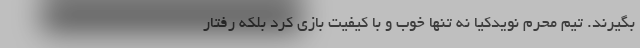
بگیرند. تیم محرم نویدکیا نه تنها خوب و با کیفیت بازی کرد بلکه رفتار